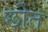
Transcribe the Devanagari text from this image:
छोत